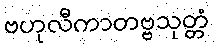
ဗဟုလီကာတဗ္ဗသုတ္တံ